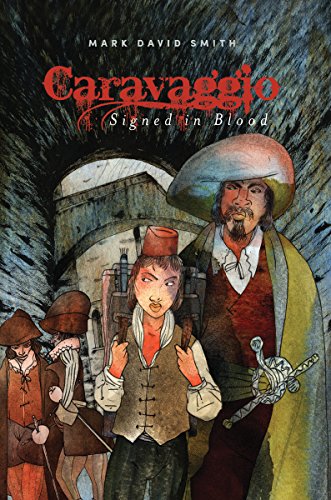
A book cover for Caravaggio: Signed in Blood; Mark Smith; Teen & Young Adult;